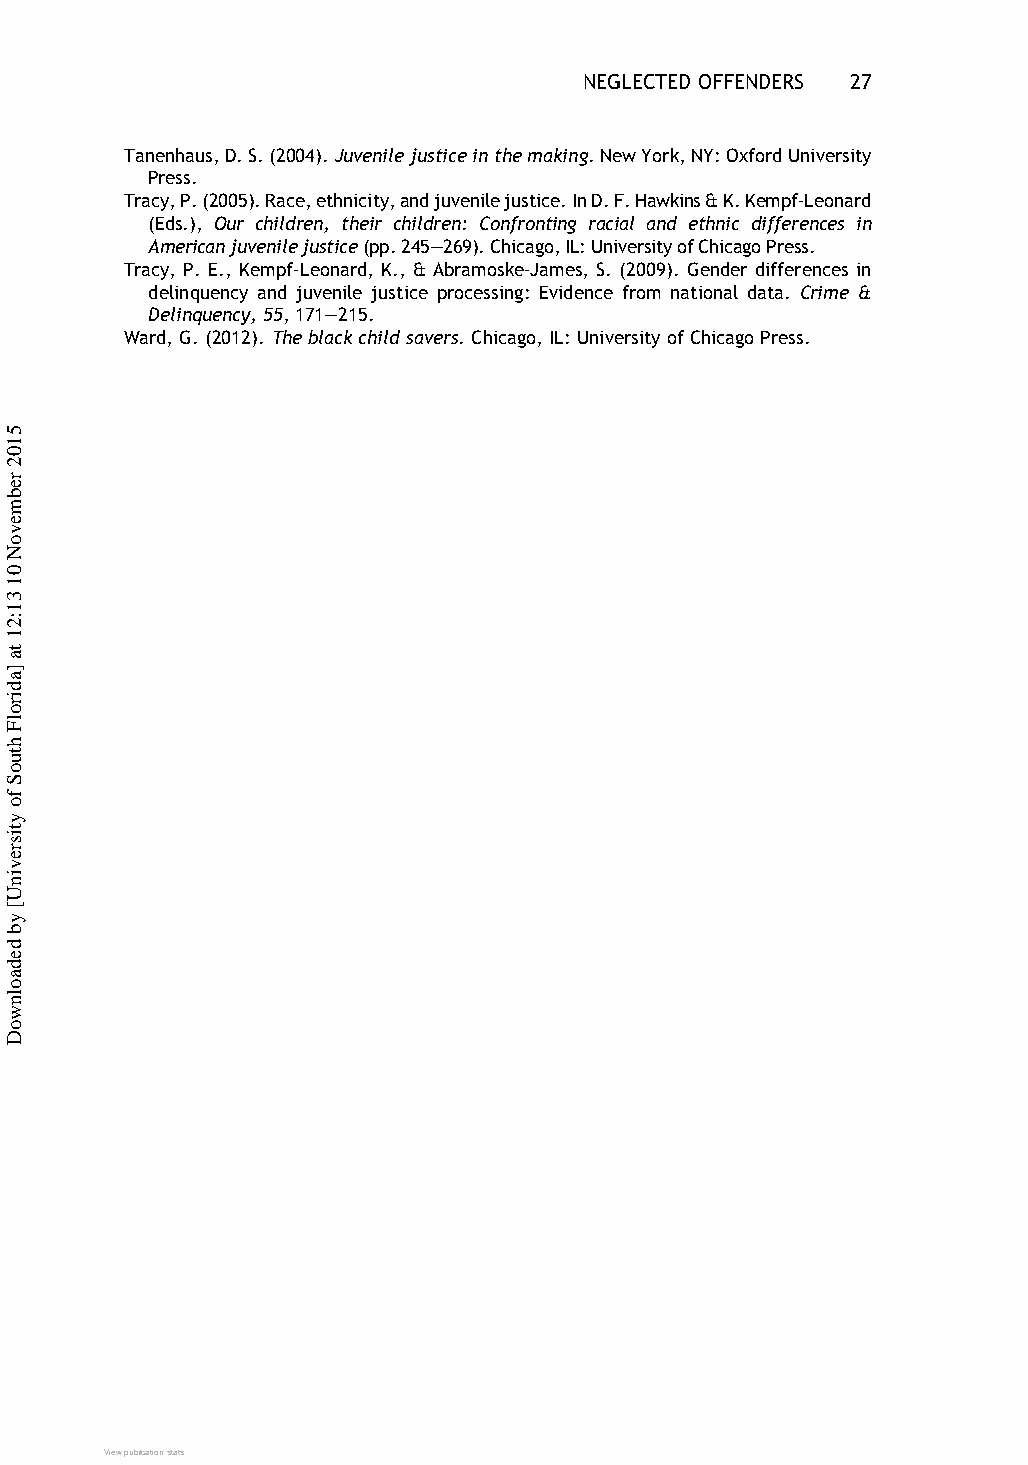
NEGLECTED OFFENDERS 27
 Tanenhaus,D.S.(2004).Juvenilejusticeinthemaking.NewYork,NY:OxfordUniversity
 Press.
 Tracy,P.(2005).Race,ethnicity,andjuvenilejustice.InD.F.Hawkins&K.Kempf-Leonard
 (Eds.), Our children, their children: Confronting racial and ethnic differences in
 Americanjuvenilejustice(pp.245–269).Chicago,IL:UniversityofChicagoPress.
 Tracy, P. E., Kempf-Leonard, K., & Abramoske-James, S. (2009). Gender differences in
 delinquency and juvenile justice processing: Evidence from national data. Crime &
 Delinquency, 55, 171–215.
 Ward, G.(2012). Theblack child savers.Chicago, IL:University of ChicagoPress.
 VViieeww ppuubblliiccaattiioonn ssttaattss
 5102
 rebmevoN
 01
 31:21
 ta
 ]adirolF
 htuoS
 fo
 ytisrevinU[
 yb
 dedaolnwoD